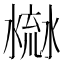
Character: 𣹳